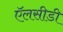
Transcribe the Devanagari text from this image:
ऍलसीडी